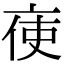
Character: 𠅚